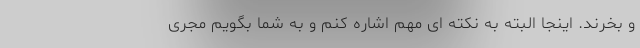
و بخرند. اینجا البته به نکته ای مهم اشاره کنم و به شما بگویم مجری